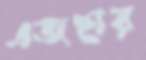
এজহার